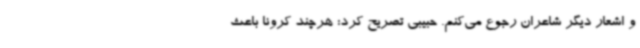
و اشعار دیگر شاعران رجوع می‌کنم. حبیبی تصریح کرد: هرچند کرونا باعث